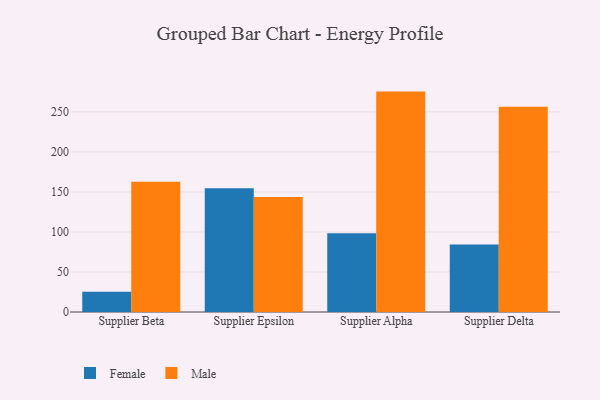
{"axis": {"x": "Supplier", "y": "Conversion Rate (%)"}, "legend": ["Female", "Male"], "data": [{"x": "Supplier Beta", "y": 25.4, "type": "Female"}, {"x": "Supplier Beta", "y": 162.7, "type": "Male"}, {"x": "Supplier Epsilon", "y": 154.7, "type": "Female"}, {"x": "Supplier Epsilon", "y": 143.6, "type": "Male"}, {"x": "Supplier Alpha", "y": 98.3, "type": "Female"}, {"x": "Supplier Alpha", "y": 275.3, "type": "Male"}, {"x": "Supplier Delta", "y": 84.2, "type": "Female"}, {"x": "Supplier Delta", "y": 256.3, "type": "Male"}]}